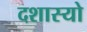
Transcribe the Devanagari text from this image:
दशास्यो